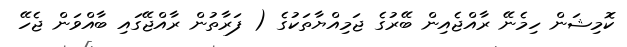
ކޮމިޝަން ހިމެނޭ ރާއްޖެއިން ބޭރުގެ ޖަމިއްޔާތަކުގެ ( ފަރާތުން ރާއްޖޭގައި ބާއްވަން ޖެހޭ